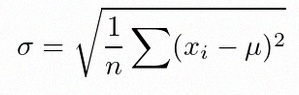
\sigma=\sqrt{\frac1n\sum(x_i-\mu)^2}